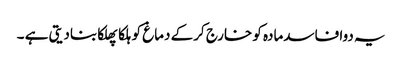
یہ دوا فاسدمادہ کو خارج کرکے دماغ کو ہلکا پھلکا بنادیتی ہے ۔